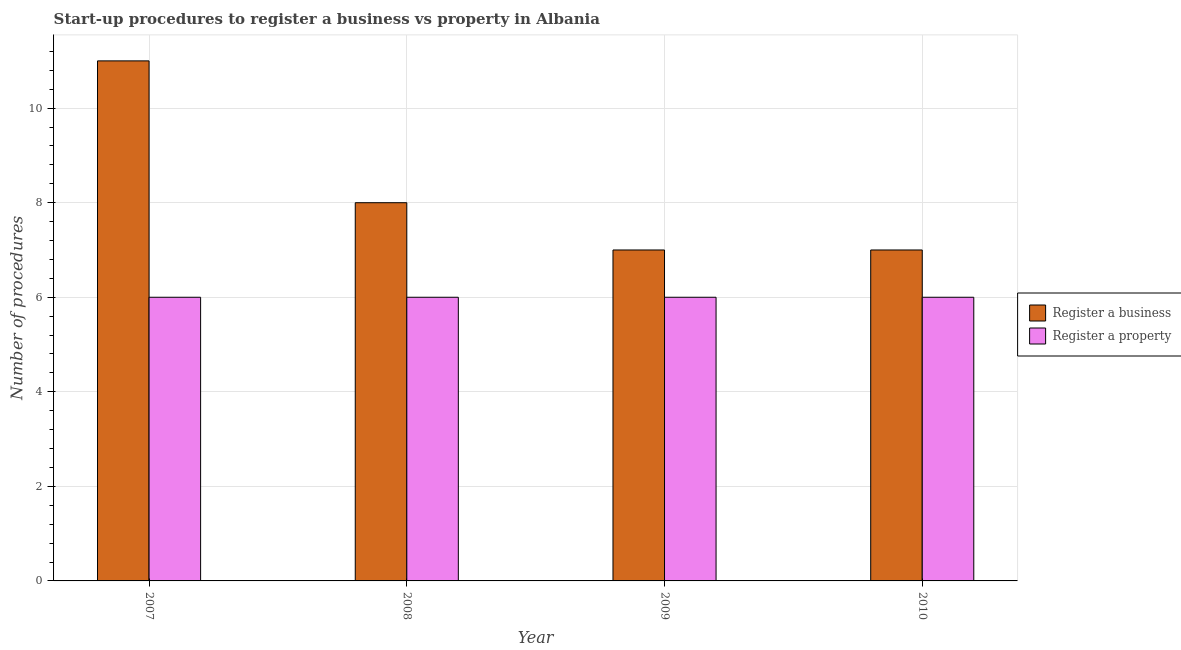
| Year | Register a business | Register a property |
 | --- | --- | --- |
 | 2007 | 11 | 6 |
 | 2008 | 8 | 6 |
 | 2009 | 7 | 6 |
 | 2010 | 7 | 6 |